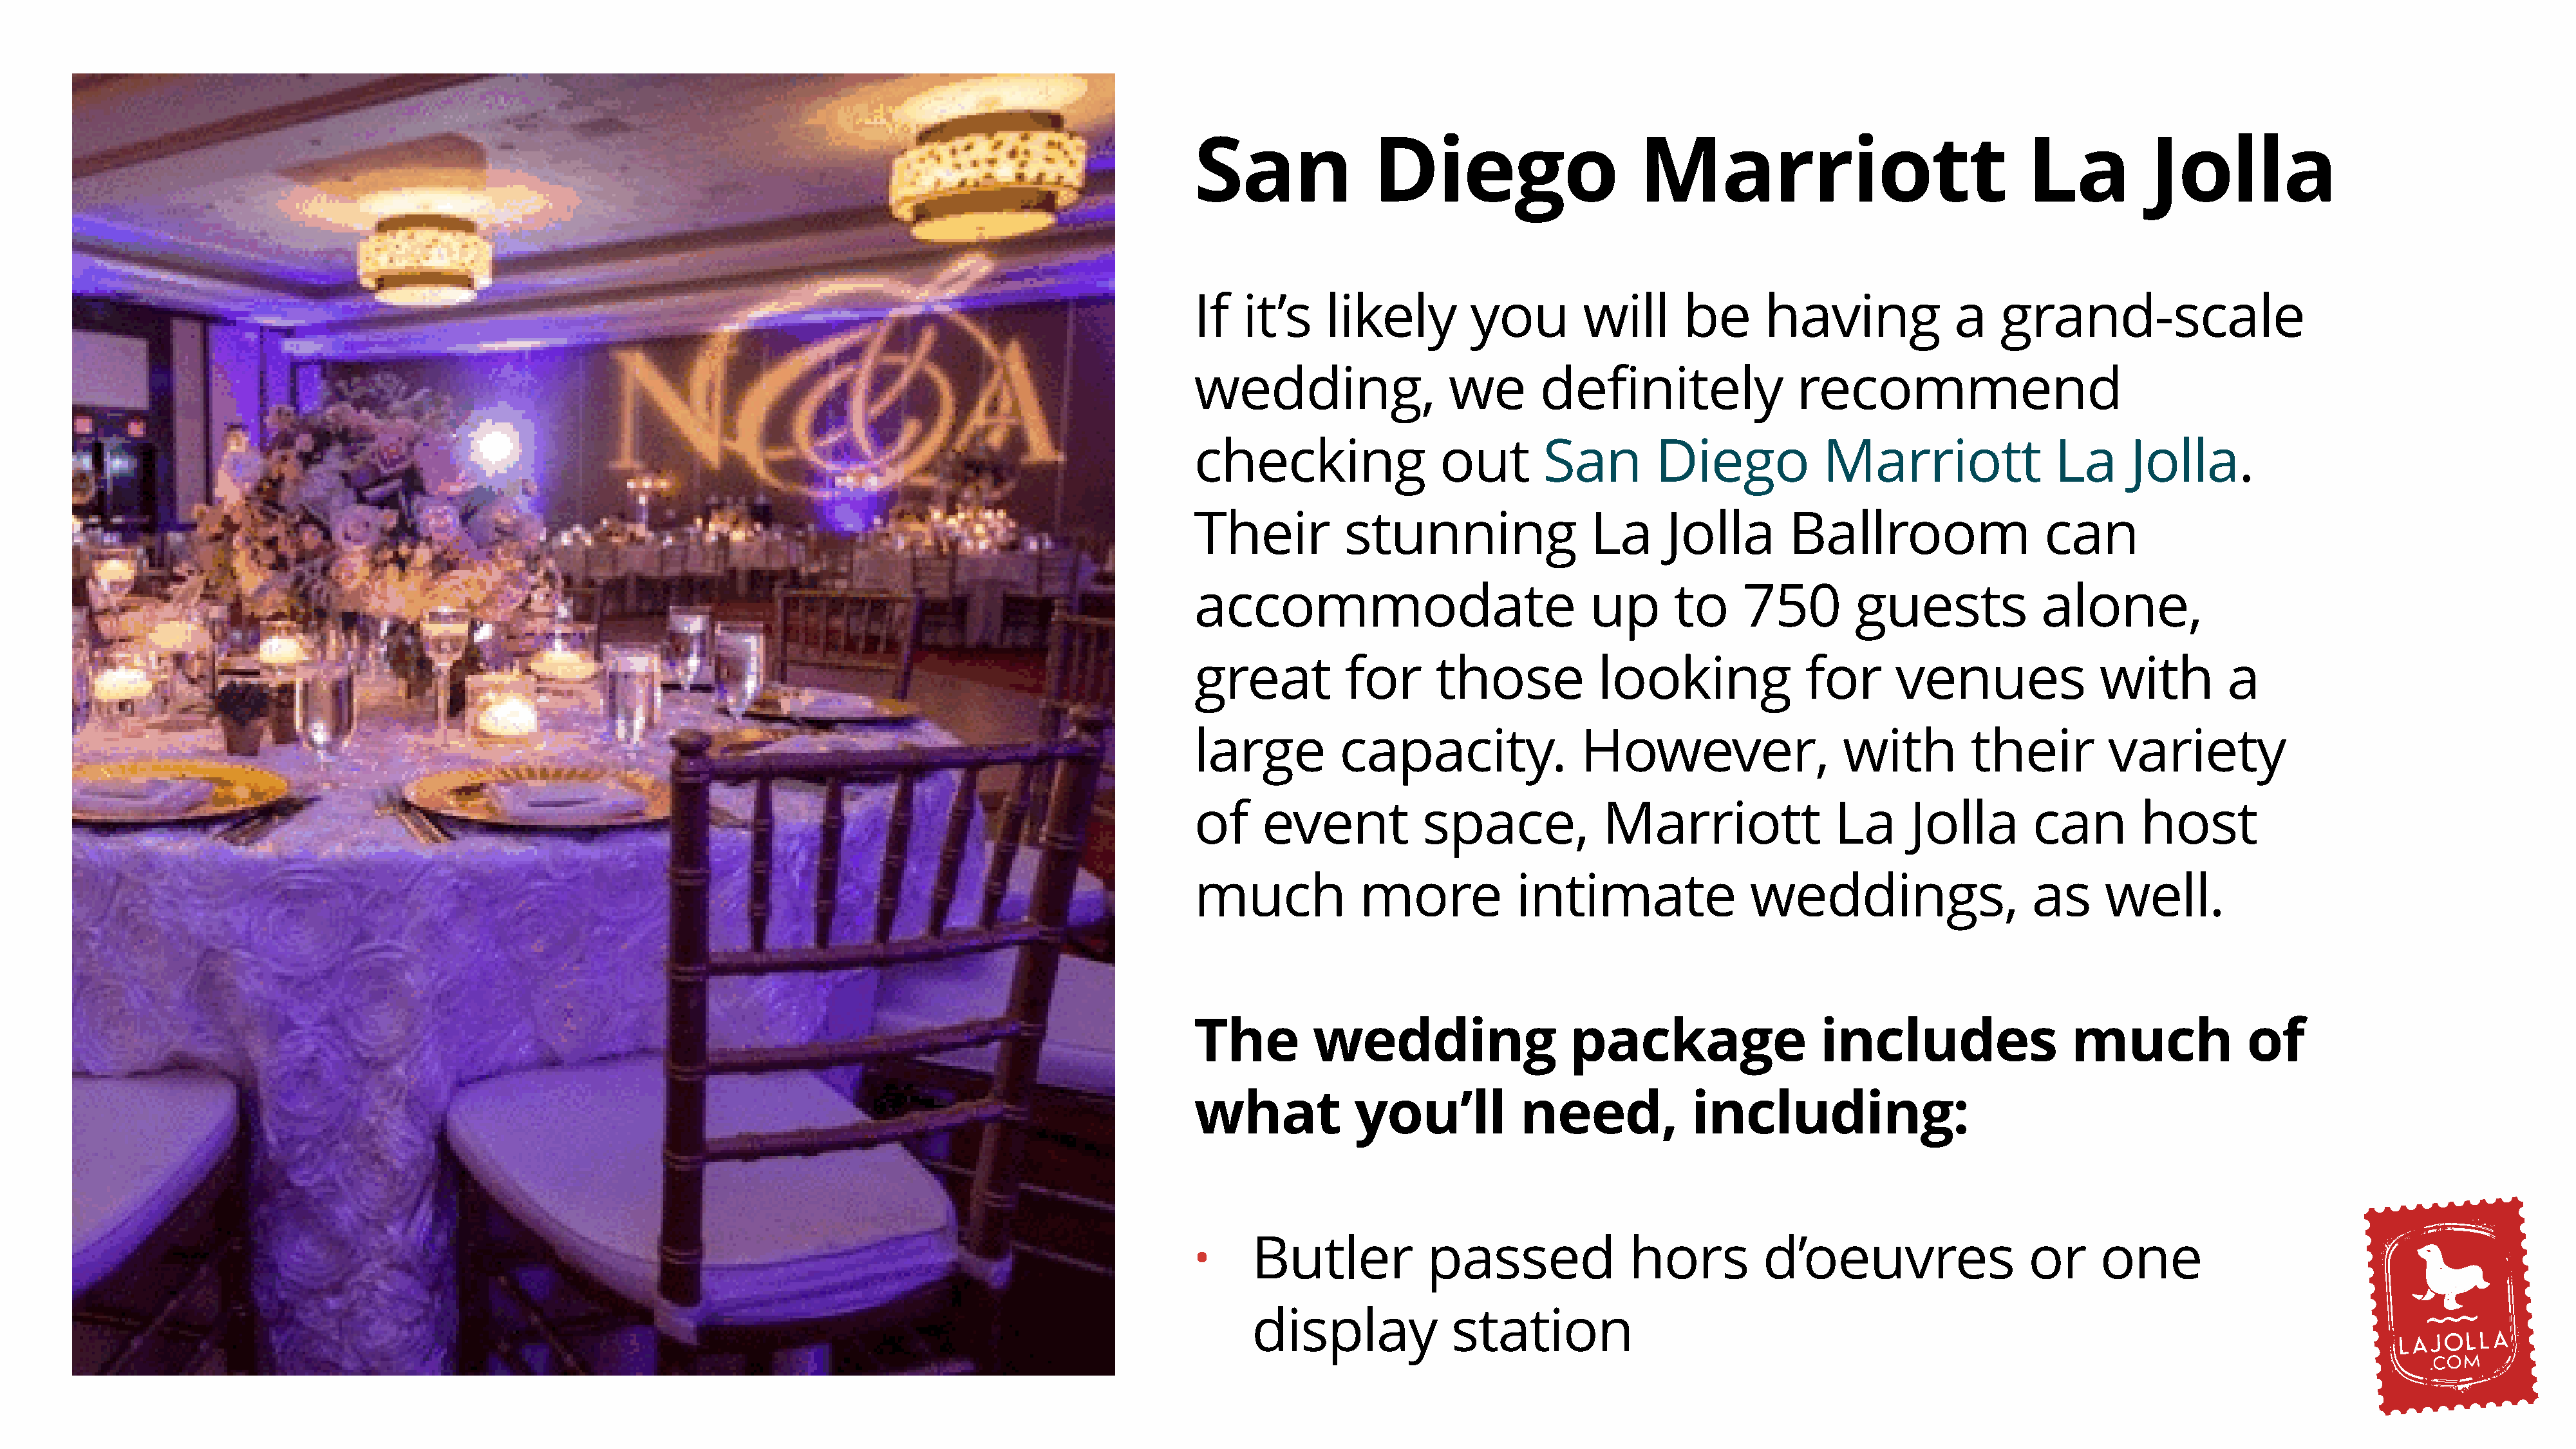
San               Diego                      Marriott                                La           Jolla
 If   it’s    likely         you         will      be      having              a    grand-scale
 wedding,                  we       definitely                 recommend
 checking                 out        San        Diego            Marriott                La      Jolla.
 Their          stunning                  La     Jolla        Ballroom                  can
 accommodate                             up       to     750         guests             alone,
 great          for       those           looking               for      venues               with         a
 large          capacity.               However,                   with          their         variety
 of     event           space,             Marriott                La     Jolla        can        host
 much             more            intimate                weddings,                    as     well.
 The         wedding                   package                   includes                  much              of
 what            you’ll           need,             including:
 Butler            passed              hors          d’oeuvres                   or     one
 •
 display             station